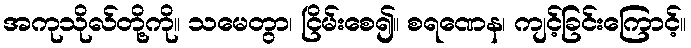
အကုသိုလ်တို့ကို။ သမေတွာ၊ ငြိမ်းစေ၍။ စရဏေန၊ ကျင့်ခြင်းကြောင့်။